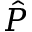
\hat { P }